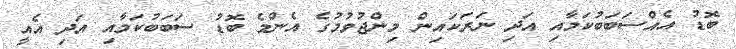
ބޮޑު އެއްސަބަބުކަމާއި އަދި ނަރަކައިން މިންޖުވުމުގެ އެންމެ ބޮޑު ސަބަބުކަމާއި އަދި އެއީ